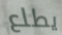
يطلع